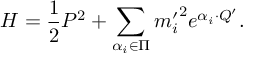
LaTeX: { \cal H } = { \frac { 1 } { 2 } } P ^ { 2 } + \sum _ { \alpha _ { i } \in \Pi } { m _ { i } ^ { \prime } } ^ { 2 } e ^ { \alpha _ { i } \cdot Q ^ { \prime } } .